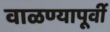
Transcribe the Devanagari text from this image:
वाळण्यापूर्वी